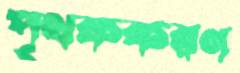
পৃথককরণ